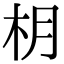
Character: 枂